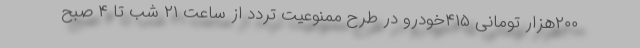
۲۰۰هزار تومانی ۴۱۵خودرو در طرح ممنوعیت تردد از ساعت ۲۱ شب تا ۴ صبح